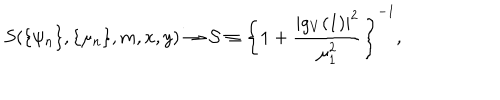
S ( \{ \psi _ { n } \} , \{ \mu _ { n } \} , m , x , y ) \rightarrow { \cal S } \equiv \left\{ 1 + \frac { | g _ { V } ( 1 ) | ^ { 2 } } { \mu _ { 1 } ^ { 2 } } \right\} ^ { - 1 } ,